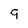
Character: 9